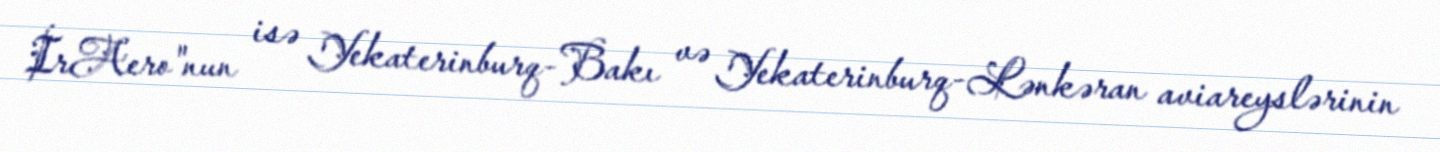
İrAero"nun isə Yekaterinburq-Bakı və Yekaterinburq-Lənkəran aviareyslərinin